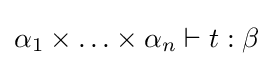
\alpha _{1}\times \ldots \times \alpha _{n}\vdash t:\beta